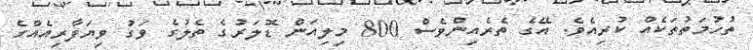
ތުހުމަތުތަކެއް ކުރިއެވެ. އޭގެ ތެރެއިންވެސް 800 މިލިއަން ޑޮލަރުގެ ތެލުގެ ވަގު ވިޔަފާރިއެއްގެ